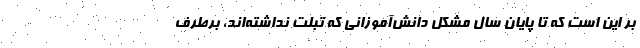
بر این است که تا پایان سال مشکل دانش‌آموزانی که تبلت نداشته‌اند، برطرف